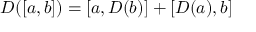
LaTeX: D ( [ a , b ] ) = [ a , D ( b ) ] + [ D ( a ) , b ]